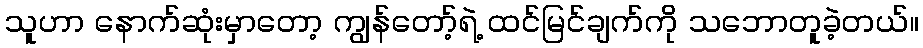
သူဟာ နောက်ဆုံးမှာတော့ ကျွန်တော့်ရဲ့ ထင်မြင်ချက်ကို သဘောတူခဲ့တယ်။